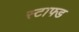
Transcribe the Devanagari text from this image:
स्टाफ्ड